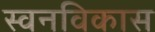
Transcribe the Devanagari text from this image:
स्वनविकास